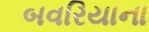
બવરિયાના